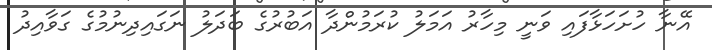
އޭނާ ހުށަހަޅާފައި ވަނީ މިހާރު އަމަލު ކުރަމުންދާ އަބުރުގެ ބަދަލު ނަގައިދިނުމުގެ ގަވާއިދު